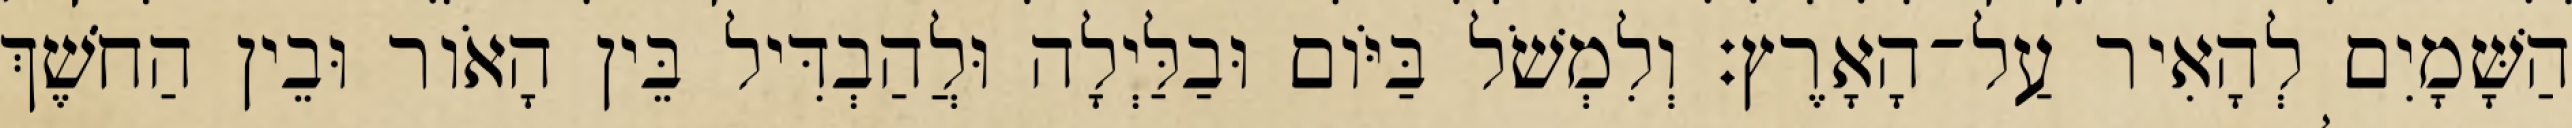
הַשָּׁמָיִם לְהָאִיר עַל־הָאָרֶץ׃ וְלִמְשֹׁל בַּיֹּום וּבַלַּיְלָה וּלֲהַבְדִּיל בֵּין הָאֹור וּבֵין הַחֹשֶׁךְ